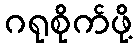
ဂရုစိုက်ဖို့